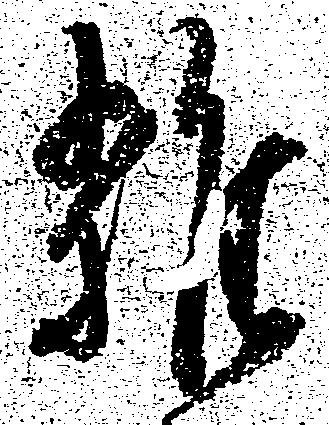
雑